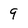
Character: 9